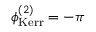
\phi _ { \mathrm { K e r r } } ^ { ( 2 ) } = - \pi